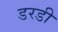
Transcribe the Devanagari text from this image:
डरडी